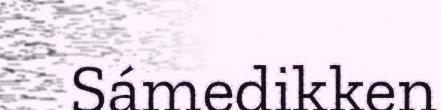
Sámedikken